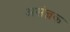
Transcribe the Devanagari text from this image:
असंज्ञक